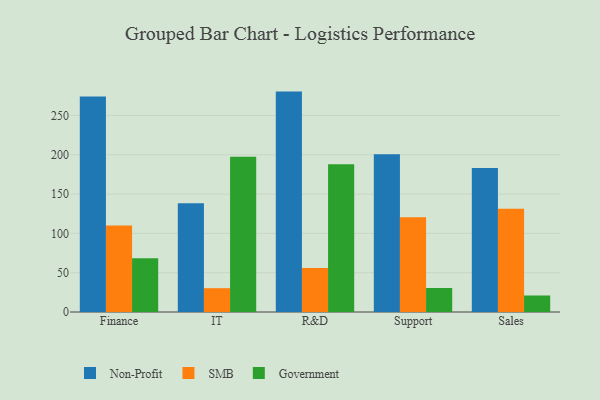
{"axis": {"x": "Department", "y": "Demand Index"}, "legend": ["Government", "Non-Profit", "SMB"], "data": [{"x": "Finance", "y": 274.1, "type": "Non-Profit"}, {"x": "Finance", "y": 110.0, "type": "SMB"}, {"x": "Finance", "y": 68.3, "type": "Government"}, {"x": "IT", "y": 138.3, "type": "Non-Profit"}, {"x": "IT", "y": 30.3, "type": "SMB"}, {"x": "IT", "y": 197.3, "type": "Government"}, {"x": "R&D", "y": 280.3, "type": "Non-Profit"}, {"x": "R&D", "y": 56.1, "type": "SMB"}, {"x": "R&D", "y": 188.0, "type": "Government"}, {"x": "Support", "y": 200.7, "type": "Non-Profit"}, {"x": "Support", "y": 120.5, "type": "SMB"}, {"x": "Support", "y": 30.5, "type": "Government"}, {"x": "Sales", "y": 183.0, "type": "Non-Profit"}, {"x": "Sales", "y": 131.4, "type": "SMB"}, {"x": "Sales", "y": 21.0, "type": "Government"}]}